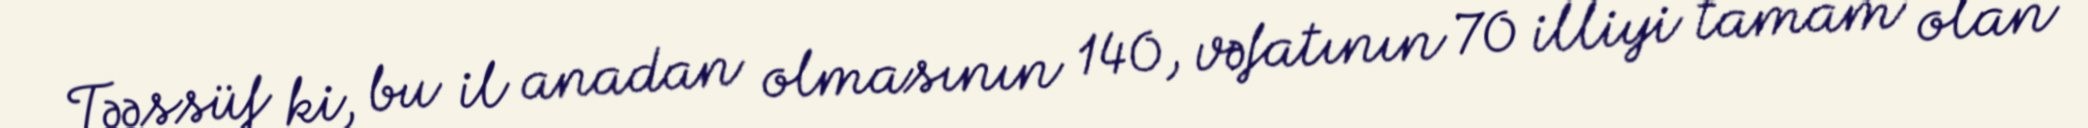
Təəssüf ki, bu il anadan olmasının 140, vəfatının 70 illiyi tamam olan